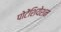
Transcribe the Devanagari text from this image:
पोटेंशियेशन